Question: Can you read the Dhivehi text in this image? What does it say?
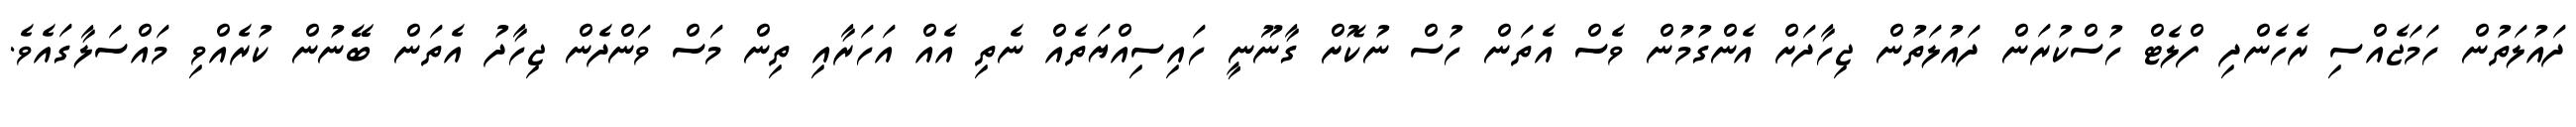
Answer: ދައުލަތުން ހަމަޖެއްސި ރެހެންދި ފްލެޓް ހުސްކުރަން ދައުލަތުން ޖިހާދަށް އެންގުމުން ވެސް އެތަން ހުސް ނުކޮށް ގާނޫނީ ހައިސިއްޔަތެއް ނެތި އެއް އަހަރާއި ތިން މަސް ވަންދެން ޖިހާދު އެތަން ބޭނުން ކުރެއްވި މައްސަލާގައެވެ.